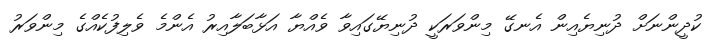
ކުދީންނަށް ދުނިޔެއިން އެނގޭ މިންވަރަކީ ދުނިޔޭގައިވާ ވެއްޔާ އަޅާބަލާއިރު އެންމެ ވެލިފުކެއްގެ މިންވަރު